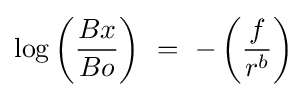
\log {\left({Bx \over Bo}\right)}\ =\ -\left({f \over r^{b}}\right)